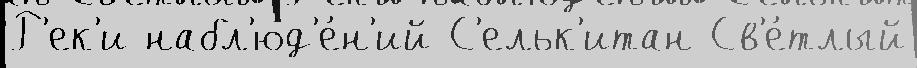
Р'ек'и набл'юд'е́н'ий С'ельк'итан Св'е́тлый